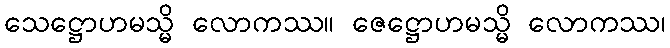
သေဋ္ဌောဟမသ္မိ လောကဿ။ ဇေဋ္ဌောဟမသ္မိ လောကဿ၊